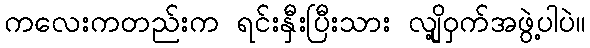
ကလေးကတည်းက ရင်းနှီးပြီးသား လျို့ဝှက်အဖွဲ့ပါပဲ။